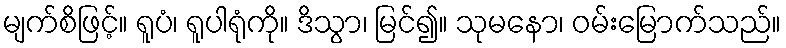
မျက်စိဖြင့်။ ရူပံ၊ ရူပါရုံကို။ ဒိသွာ၊ မြင်၍။ သုမနော၊ ဝမ်းမြောက်သည်။